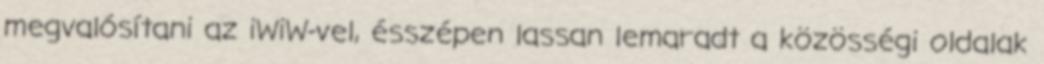
megvalósítani az iWiW-vel, ésszépen lassan lemaradt a közösségi oldalak